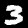
Label: 3